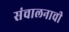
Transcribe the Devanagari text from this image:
संचालनाची